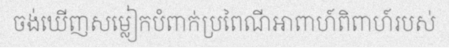
ចង់ឃើញសម្លៀកបំពាក់ប្រពៃណីអាពាហ៍ពិពាហ៍របស់